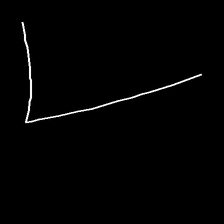
Glyph: region